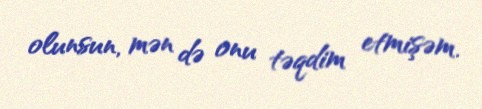
olunsun, mən də onu təqdim etmişəm.